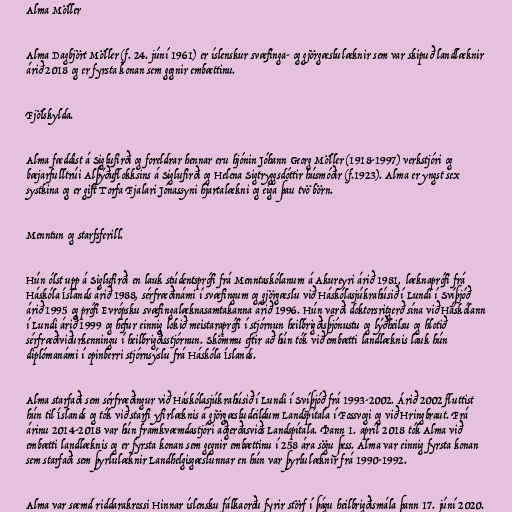
Alma Möller

Alma Dagbjört Möller (f. 24. júní 1961) er íslenskur svæfinga- og gjörgæslulæknir sem var skipuð landlæknir
árið 2018 og er fyrsta konan sem gegnir embættinu.

Fjölskylda.

Alma fæddist á Siglufirði og foreldrar hennar eru hjónin Jóhann Georg Möller (1918-1997) verkstjóri og
bæjarfulltrúi Alþýðuflokksins á Siglufirði og Helena Sigtryggsdóttir húsmóðir (f.1923). Alma er yngst sex
systkina og er gift Torfa Fjalari Jónassyni hjartalækni og eiga þau tvö börn.

Menntun og starfsferill.

Hún ólst upp á Siglufirði en lauk stúdentsprófi frá Menntaskólanum á Akureyri árið 1981, læknaprófi frá
Háskóla Íslands árið 1988, sérfræðinámi í svæfingum og gjörgæslu við Háskólasjúkrahúsið í Lundi í Svíþjóð
árið 1995 og prófi Evrópsku svæfingalæknasamtakanna árið 1996. Hún varði doktorsritgerð sína við Háskólann
í Lundi árið 1999 og hefur einnig lokið meistaraprófi í stjórnun heilbrigðisþjónustu og lýðheilsu og hlotið
sérfræðiviðurkenningu í heilbrigðisstjórnun. Skömmu eftir að hún tók við embætti landlæknis lauk hún
diplómanámi í opinberri stjórnsýslu frá Háskóla Íslands.

Alma starfaði sem sérfræðingur við Háskólasjúkrahúsið í Lundi í Svíþjóð frá 1993-2002. Árið 2002 fluttist
hún til Íslands og tók við starfi yfirlæknis á gjörgæsludeildum Landspítala í Fossvogi og við Hringbraut. Frá
árinu 2014-2018 var hún framkvæmdastjóri aðgerðasviðs Landspítala. Þann 1. apríl 2018 tók Alma við
embætti landlæknis og er fyrsta konan sem gegnir embættinu í 258 ára sögu þess. Alma var einnig fyrsta konan
sem starfaði sem þyrlulæknir Landhelgisgæslunnar en hún var þyrlulæknir frá 1990-1992.

Alma var sæmd riddarakrossi Hinnar íslensku fálkaorðu fyrir störf í þágu heilbrigðismála þann 17. júní 2020.